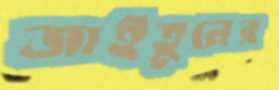
জাইতুনের